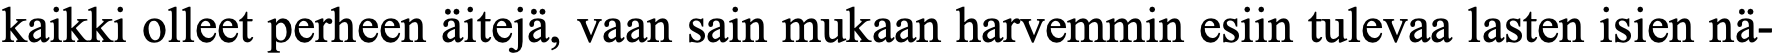
kaikki olleet perheen äitejä, vaan sain mukaan harvemmin esiin tulevaa lasten isien nä-